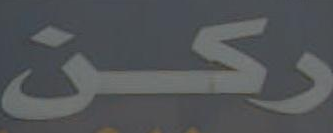
ركن